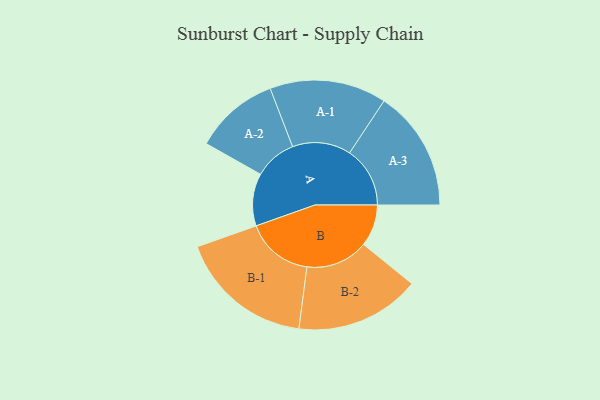
{"axis": {"x": "Segment", "y": "Value"}, "legend": ["", "A", "B"], "data": [{"x": "A", "y": 208, "type": ""}, {"x": "B", "y": 166, "type": ""}, {"x": "A-1", "y": 232, "type": "A"}, {"x": "A-2", "y": 168, "type": "A"}, {"x": "A-3", "y": 240, "type": "A"}, {"x": "B-1", "y": 268, "type": "B"}, {"x": "B-2", "y": 248, "type": "B"}]}